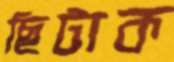
ছিটাক